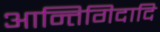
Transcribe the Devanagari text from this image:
आन्तिगिदादि